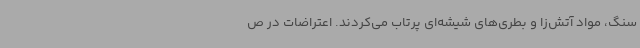
سنگ، مواد آتش‌زا و بطری‌های شیشه‌ای پرتاب می‌کردند. اعتراضات در ص